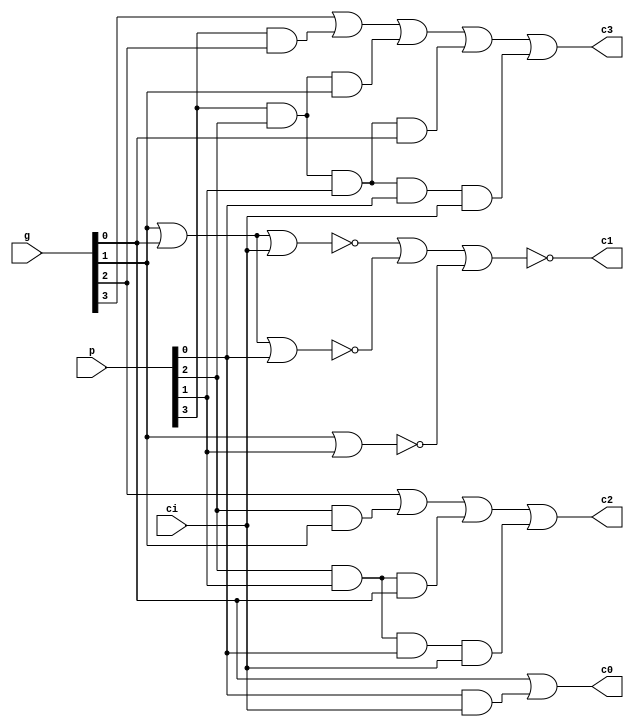
module cgu_4bit
(
	input [3:0] p, g,
	input ci,
	output c3, c2, c1, c0	
);

wire w0, w1, w2, w3, w4, w5, w6, w7, w8, w9, w10;
//c0
assign w0 = p[0] & ci;
assign c0 = g[0] | w0;
//structure model for c1
nor n1(w1, g[1], g[0], ci);
nor n2(w2, g[1], g[0], p[0]);
nor n3(w3, g[1], p[1]);
nor n4(c1, w1, w2, w3);
//c2
assign w4 = p[2] & p[1] & p[0] & ci;
assign w5 = p[2] & p[1] & g[0];
assign w6 = p[2] & g[1];
assign c2 = g[2] | w6 | w5 | w4;
//c3
assign w7 = p[3] & p[2] & p[1] & p[0] & ci;
assign w8 = p[3] & p[2] & p[1] & g[0];
assign w9 = p[3] & p[2] & g[1];
assign w10 = p[3] & g[2];
assign c3 = g[3] | w10 | w9 | w8 | w7;

endmodule